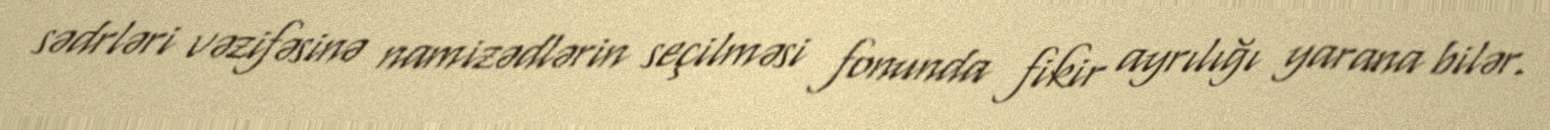
sədrləri vəzifəsinə namizədlərin seçilməsi fonunda fikir ayrılığı yarana bilər.